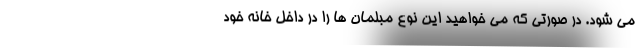
می شود. در صورتی که می خواهید این نوع مبلمان ها را در داخل خانه خود